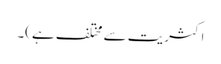
اکثریت سے مختلف ہے)۔